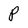
Character: P